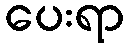
ပေးရာ